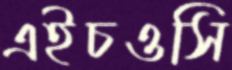
এইচওসি